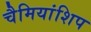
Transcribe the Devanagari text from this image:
चैमियांशिप